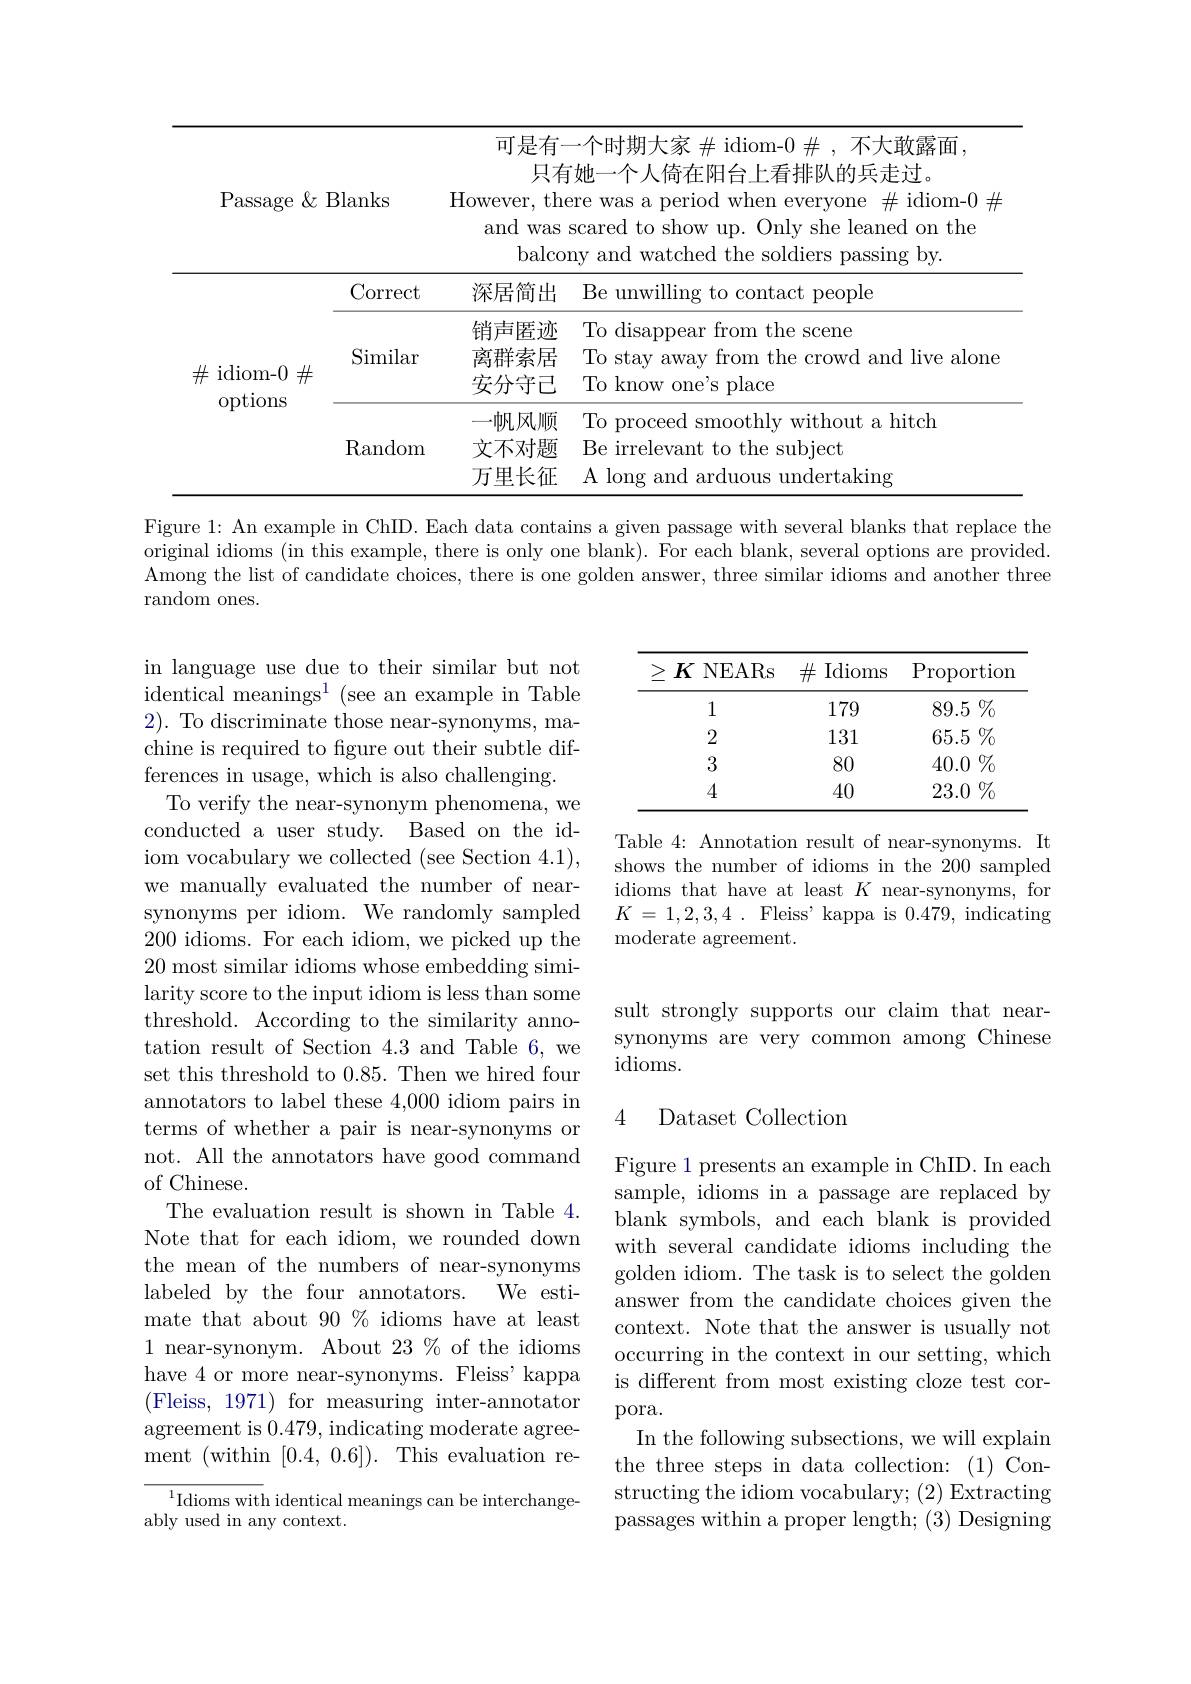
<table>
	<tbody>
		<tr>
			<td>Passage $\&$B</td>
			<td>Blanks</td>
			<td>可是有 只有 However, the and was balco</td>
			<td>${\text{有一个时期大家}\#\mathrm{~idiom-0}\#,\mathrm{~不大敢露面}}$, 有她一个人倚在阳台上看排队的兵走过。chere was a period when everyone $\#$ idiom- 0 $\neq$ 士 s scared to show up. Only she leaned on the cony and watched the soldiers passing by.</td>
		</tr>
		<tr>
			<td> </td>
			<td>Correct</td>
			<td>深居简出</td>
			<td>$出$ Be unwilling to contact people</td>
		</tr>
		<tr>
			<td>$\#$idiom-0 $\#$</td>
			<td>Similar</td>
			<td>销声匿迹 离群索居 安分守已</td>
			<td>亦 To disappear from the scene To stay away from the crowd and live alone To know one's place</td>
		</tr>
		<tr>
			<td>$^{-}\Gamma^{-}$</td>
			<td>Random</td>
			<td>一帆风顺 文不对题 万里长征</td>
			<td>页 To proceed smoothly without a hitch 页 Be irrelevant to the subject $正$ A long and arduous undertaking</td>
		</tr>
	</tbody>
</table>

Figure 1: An example in ChID. Each data contains a given passage with several blanks that replace the original idioms (in this example, there is only one blank). For each blank, several options are provided Among the list of candidate choices, there is one golden answer, three similar idioms and another three random ones.

<table>
	<tbody>
		<tr>
			<th>$K$ NEARs</th>
			<th>$\#$I Idioms</th>
			<th>$\operatorname{Proportion}$</th>
		</tr>
		<tr>
			<td>1</td>
			<td>179</td>
			<td>89.5 $\%$</td>
		</tr>
		<tr>
			<td>2</td>
			<td>131</td>
			<td>65.5 $\%$</td>
		</tr>
		<tr>
			<td>3</td>
			<td>80</td>
			<td>$40.0\%$</td>
		</tr>
		<tr>
			<td>4</td>
			<td>40</td>
			<td>$23.0\%$</td>
		</tr>
	</tbody>
</table>

Table 4: Annotation result of near-synonyms. It shows the number of idioms in the 200 sampled idioms that have at least $K$ near-synonyms, for $K$ = 1,2,3,4 . Fleiss' kappa is 0.479, indicating moderate agreement.

sult strongly supports our claim that nearsynonyms are very common among Chinese idioms.

in language use due to their similar but not identical meanings$^1$ (see an example in Table $2).{\text{ To discriminate those near-synonyms, ma-}}$ chine is required to figure out their subtle differences in usage, which is also challenging.
To verify the near-synonym phenomena, we conducted a user study. Based on the idiom vocabulary we collected (see Section 4.1), we manually evaluated the number of nearsynonyms per idiom. We randomly sampled 200 idioms. For each idiom, we picked up the 20 most similar idioms whose embedding similarity score to the input idiom is less than some threshold. According to the similarity annotation result of Section 4.3 and Table 6, we set this threshold to 0.85. Then we hired four annotators to label these 4,000 idiom pairs in terms of whether a pair is near-synonyms or not. All the annotators have good command of Chinese.
The evaluation result is shown in Table 4. Note that for each idiom, we rounded down the mean of the numbers of near-synonyms labeled by the four annotators.
We esti-
mate that about 90% idioms have at least 1 near-synonym. About 23 % of the idioms have 4 or more near-synonyms. Fleiss' kappa (Fleiss, 1971) for measuring inter-annotator agreement is 0.479, indicating moderate agreement (within[0.4,0.6]).This evaluation re- ${}^{1}$Idioms with identical meanings can be interchange-

### 4 Dataset Collection

Figure 1 presents an example in ChID. In each sample, idioms in a passage are replaced by blank symbols, and each blank is provided with several candidate idioms including the golden idiom. The task is to select the golden answer from the candidate choices given the context. Note that the answer is usually not occurring in the context in our setting, which is different from most existing cloze test corpora.
In the following subsections, we will explain the three steps in data collection: (1) Constructing the idiom vocabulary; (2) Extracting passages within a proper length; (3) Designing

ably used in any context.